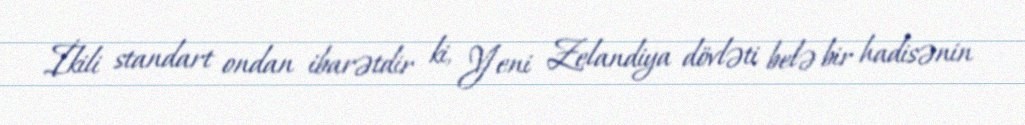
İkili standart ondan ibarətdir ki, Yeni Zelandiya dövləti belə bir hadisənin